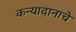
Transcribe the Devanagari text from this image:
कन्यादानाचे